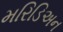
મરિડિઅન